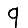
Digit: 9